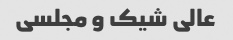
عالی شیک و مجلسی